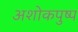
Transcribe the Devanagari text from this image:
अशोकपुष्प